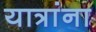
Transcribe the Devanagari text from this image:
यात्रांना